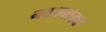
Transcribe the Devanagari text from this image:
नवधनाढ्य